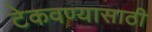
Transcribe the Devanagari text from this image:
टेकवण्यासाठी